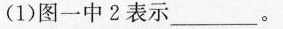
(1)图一中2表示__。